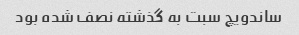
ساندویچ سبت به گذشته نصف شده بود